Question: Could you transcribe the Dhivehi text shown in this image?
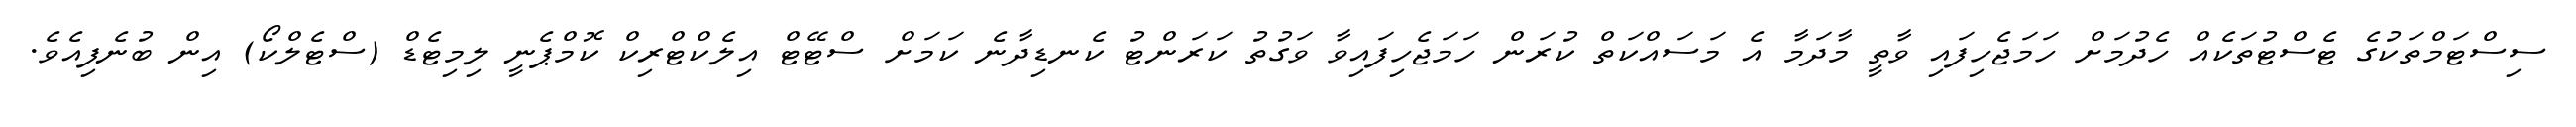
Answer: ސިސްޓަމްތަކުގެ ޓެސްޓުތަކެއް ހެދުމަށް ހަމަޖެހިފައި ވާތީ މާދަމާ އެ މަސައްކަތް ކުރަން ހަމަޖެހިފައިވާ ވަގުތު ކަރަންޓު ކެނޑިދާނެ ކަމަށް ސްޓޭޓް އިލެކްޓްރިކް ކޮމްޕެނީ ލިމިޓެޑް (ސްޓެލްކޯ) އިން ބުނެފިއެވެ.